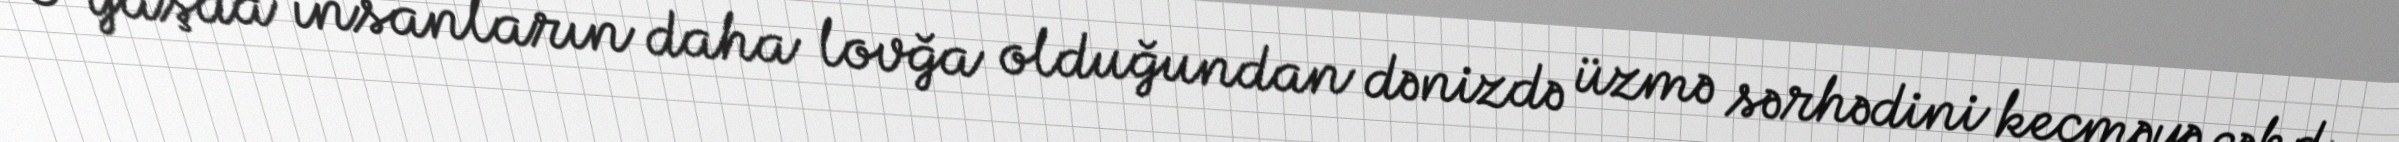
O yaşda insanların daha lovğa olduğundan dənizdə üzmə sərhədini keçməyə cəhd